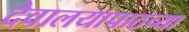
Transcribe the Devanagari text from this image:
देवालयापाठच्या